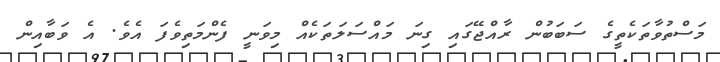
މަސްތުވާތަކެތީގެ ސަބަބުން ރާއްޖޭގައި ގިނަ މައްސަލަތަކެއް މިވަނީ ފެންމަތިވެފަ އެވެ. އެ ވަބާއިން